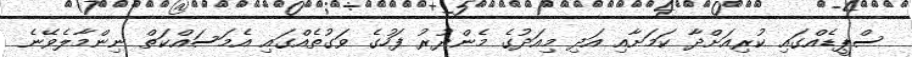
ސްޕީޑެއްގައި ކުރިއަށްދާ ކަމަށާއި އަދި މިއަދުގެ މެންދުރު ފަހުގެ ވަގުތެއްގައި އެމަސައްކަތް ނިންމާލެވޭނެ